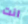
انت